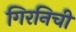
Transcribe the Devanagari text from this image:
गिरनिची